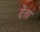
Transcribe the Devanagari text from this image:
देेता